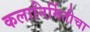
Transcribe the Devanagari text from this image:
कलानिर्मितीचा